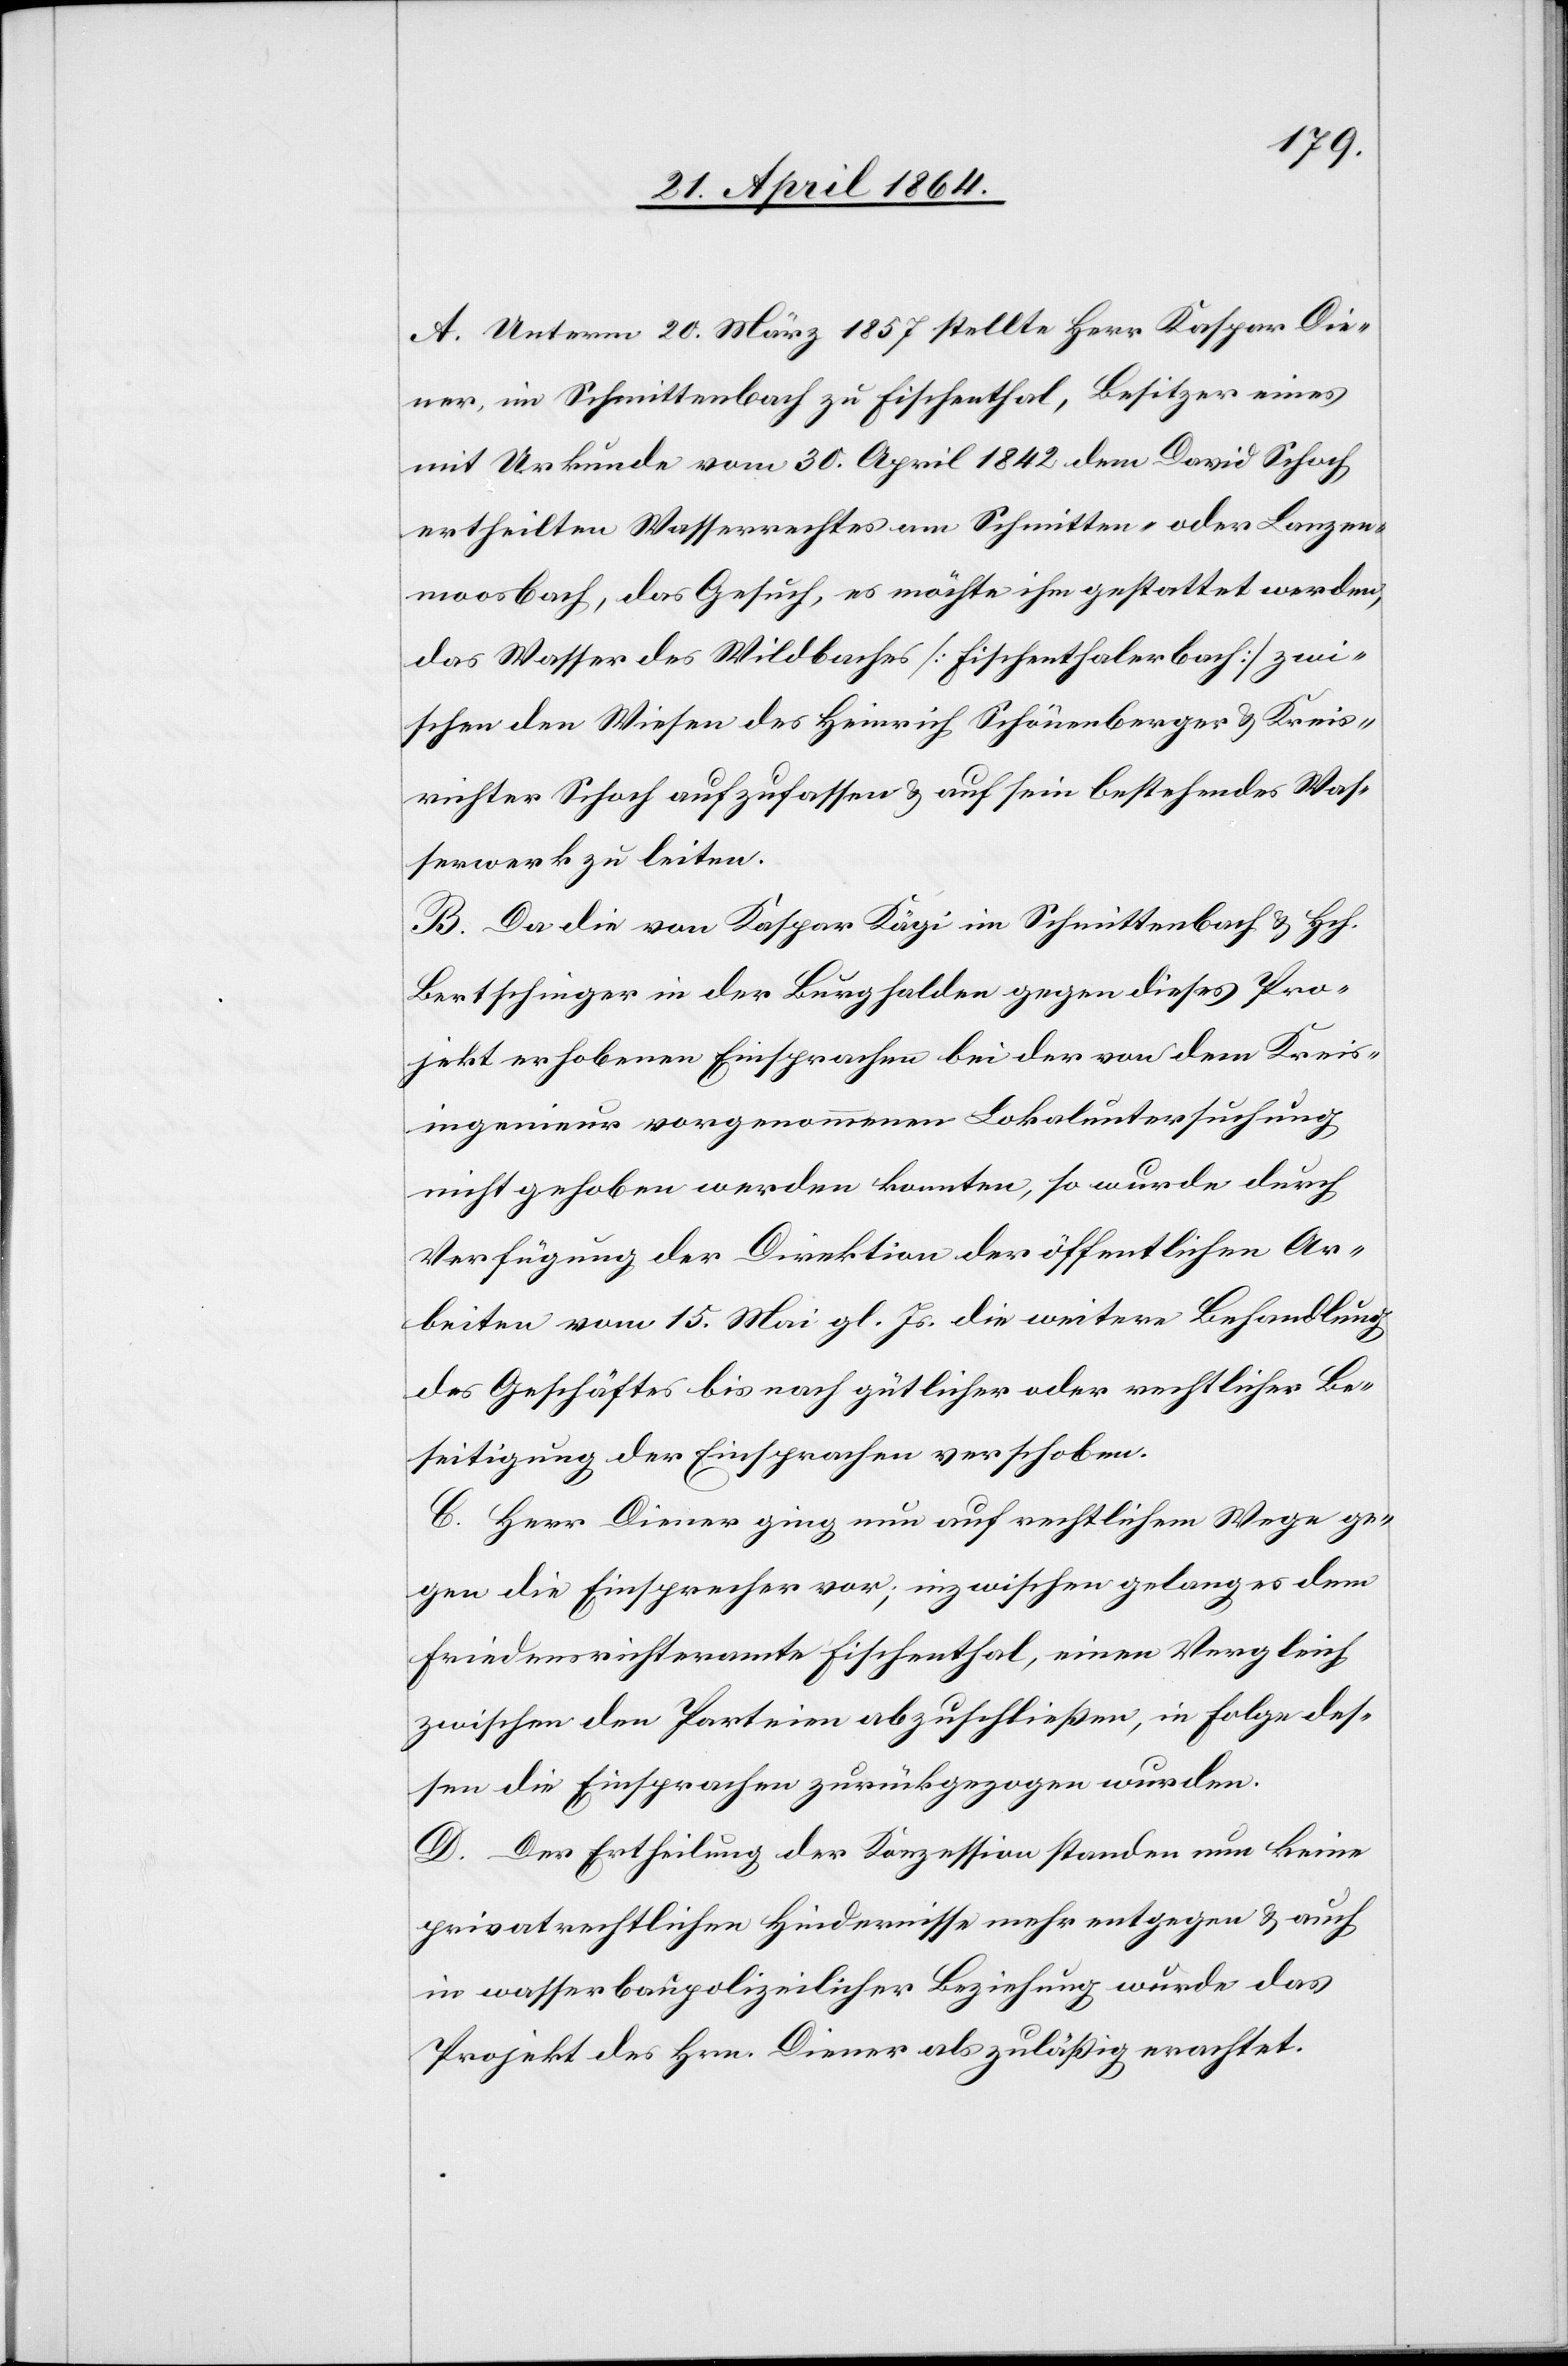
A. Unterm 20. März 1857 stellte Herr Kaspar Die¬
ner, im Schmittenbach zu Fischenthal, Besitzer eines
mit Urkunde vom 30. April 1842 dem David Schoch
ertheilten Wasserrechtes am Schmitten- oder Lanzen¬
moosbach, das Gesuch, es möchte ihm gestattet werden,
das Wasser des Wildbaches [Fischenthalerbach] zwi¬
schen den Wiesen des Heinrich Schönenberger u. Kreis¬
richter Schoch aufzufassen u. auf sein bestehendes Was¬
serwerk zu leiten.
B. Da die von Kaspar Kägi im Schmittenbach u. Hch.
Bertschinger in der Burghalden gegen dieses Pro¬
jekt erhobenen Einsprachen bei der von dem Kreis¬
ingenieur vorgenommenen Lokaluntersuchung
nicht gehoben werden konnten, so wurde durch
Verfügung der Direktion der öffentlichen Ar¬
beiten vom 15. Mai gl. Js. die weitere Behandlung
des Geschäftes bis nach gütlicher oder rechtlicher Be¬
seitigung der Einsprachen verschoben.
C. Herr Diener ging nun auf rechtlichem Wege ge¬
gen die Einsprachen vor; inzwischen gelang es dem
Friedensrichteramte Fischenthal, einen Vergleich
zwischen den Parteien abzuschließen, in Folge des¬
sen die Einsprachen zurückgezogen wurden.
D. Der Ertheilung der Konzession standen nun keine
privatrechtlichen Hindernisse mehr entgegen u. auch
in wasserbaupolizeilicher Beziehung wurde das
Projekt des Hrn. Diener als zuläßig erachtet.